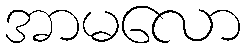
အာမလော